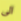
الى